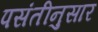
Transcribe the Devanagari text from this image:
पसंतीनुसार